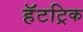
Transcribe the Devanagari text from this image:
हॅटट्रिक